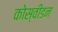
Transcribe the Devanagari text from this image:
कोस्वीडन